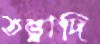
তত্ত্বাদি